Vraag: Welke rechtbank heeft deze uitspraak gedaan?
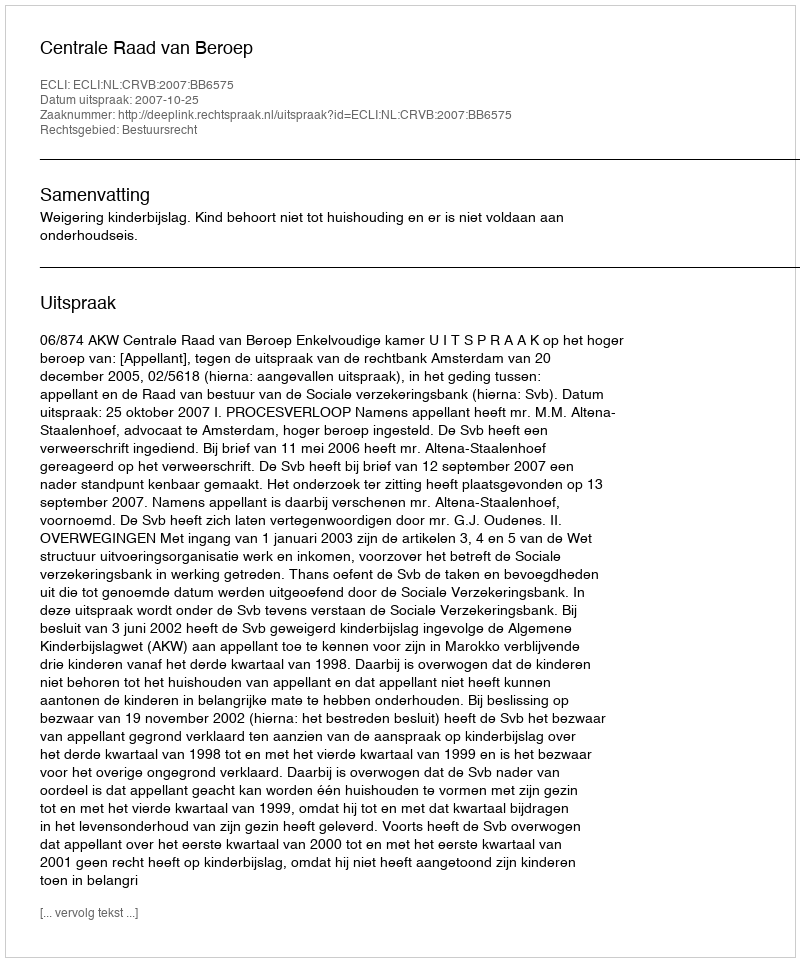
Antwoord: Centrale Raad van Beroep